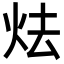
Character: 𪸘